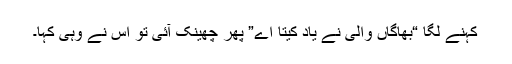
کہنے لگا “بھاگاں والی نے یاد کیتا اے” پھر چھینک آئی تو اس نے وہی کہا۔